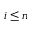
i \le n